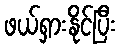
ဖယ်ရှားနိုင်ပြီး